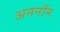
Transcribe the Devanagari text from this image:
अननाॅन